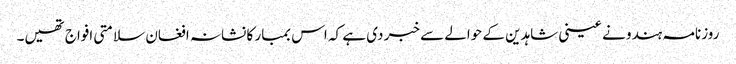
روزنامہ ہندو نے عینی شاہدین کے حوالے سے خبر دی ہے کہ اس بمبار کا نشانہ افغان سلامتی افواج تھیں۔